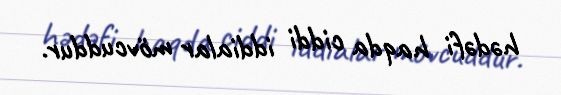
hədəfi haqda ciddi iddialar mövcuddur.